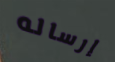
إرساله